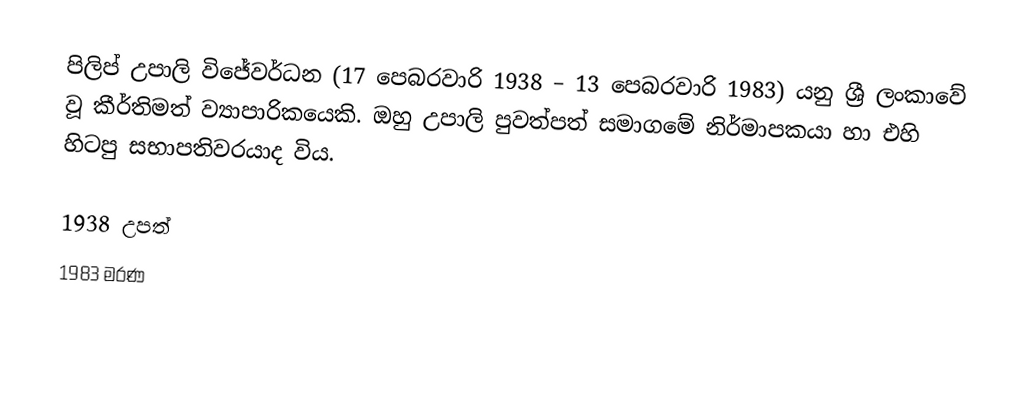
පිලිප් උපාලි විජේවර්ධන  (17 පෙබරවාරි 1938 – 13 පෙබරවාරි 1983) යනු ශ්‍රී ලංකාවේ වූ කීර්තිමත් ව්‍යාපාරිකයෙකි. ඔහු උපාලි පුවත්පත් සමාගමේ නිර්මාපකයා හා එහි හිටපු සභාපතිවරයාද විය.

1938 උපත්
1983 මරණ